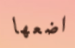
اضعها